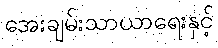
အေးချမ်းသာယာရေးနှင့်